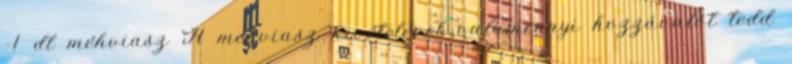
-1 dl méhviasz A méhviasz kivételével valamennyi hozzávalót tedd